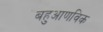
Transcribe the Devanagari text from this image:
बहुआणविक